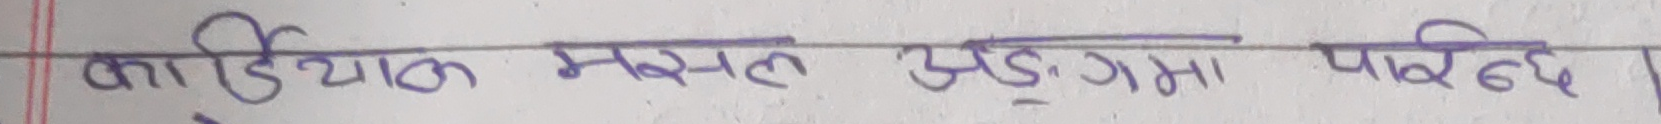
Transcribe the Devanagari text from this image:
कार्डियाल मसल अङ्गमा पाबन्द